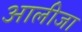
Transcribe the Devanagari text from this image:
आलीजा